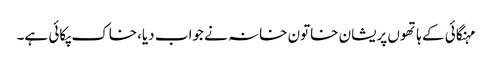
مہنگائی کے ہاتھوں پریشان خاتون خانہ نے جواب دیا،خاک پکائی ہے۔